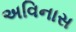
અવિનાસ